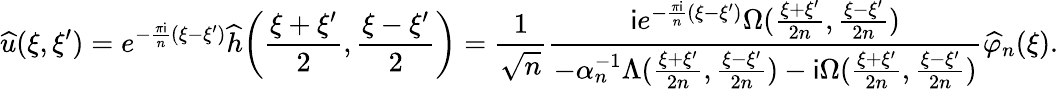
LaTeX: \widehat{u}(\xi,\xi^{\prime})=e^{-\frac{\pi\mathsf{i}}{n}(\xi-\xi^{\prime})}\widehat{h}\bigg(\frac{\xi+\xi^{\prime}}{2},\frac{\xi-\xi^{\prime}}{2}\bigg)=\frac{1}{\sqrt{n}}\frac{\mathsf{i}e^{-\frac{\pi\mathsf{i}}{n}(\xi-\xi^{\prime})}\Omega(\frac{\xi+\xi^{\prime}}{2n},\frac{\xi-\xi^{\prime}}{2n})}{-\alpha_{n}^{-1}\Lambda(\frac{\xi+\xi^{\prime}}{2n},\frac{\xi-\xi^{\prime}}{2n})-\mathsf{i}\Omega(\frac{\xi+\xi^{\prime}}{2n},\frac{\xi-\xi^{\prime}}{2n})}\widehat{\varphi}_{n}(\xi).